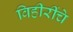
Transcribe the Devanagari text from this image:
विहीरींचे